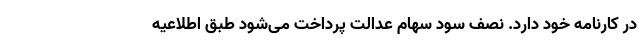
در کارنامه خود دارد. نصف سود سهام عدالت پرداخت می‌شود طبق اطلاعیه